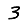
Digit: 3